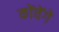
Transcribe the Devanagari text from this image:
कोंचेंगे